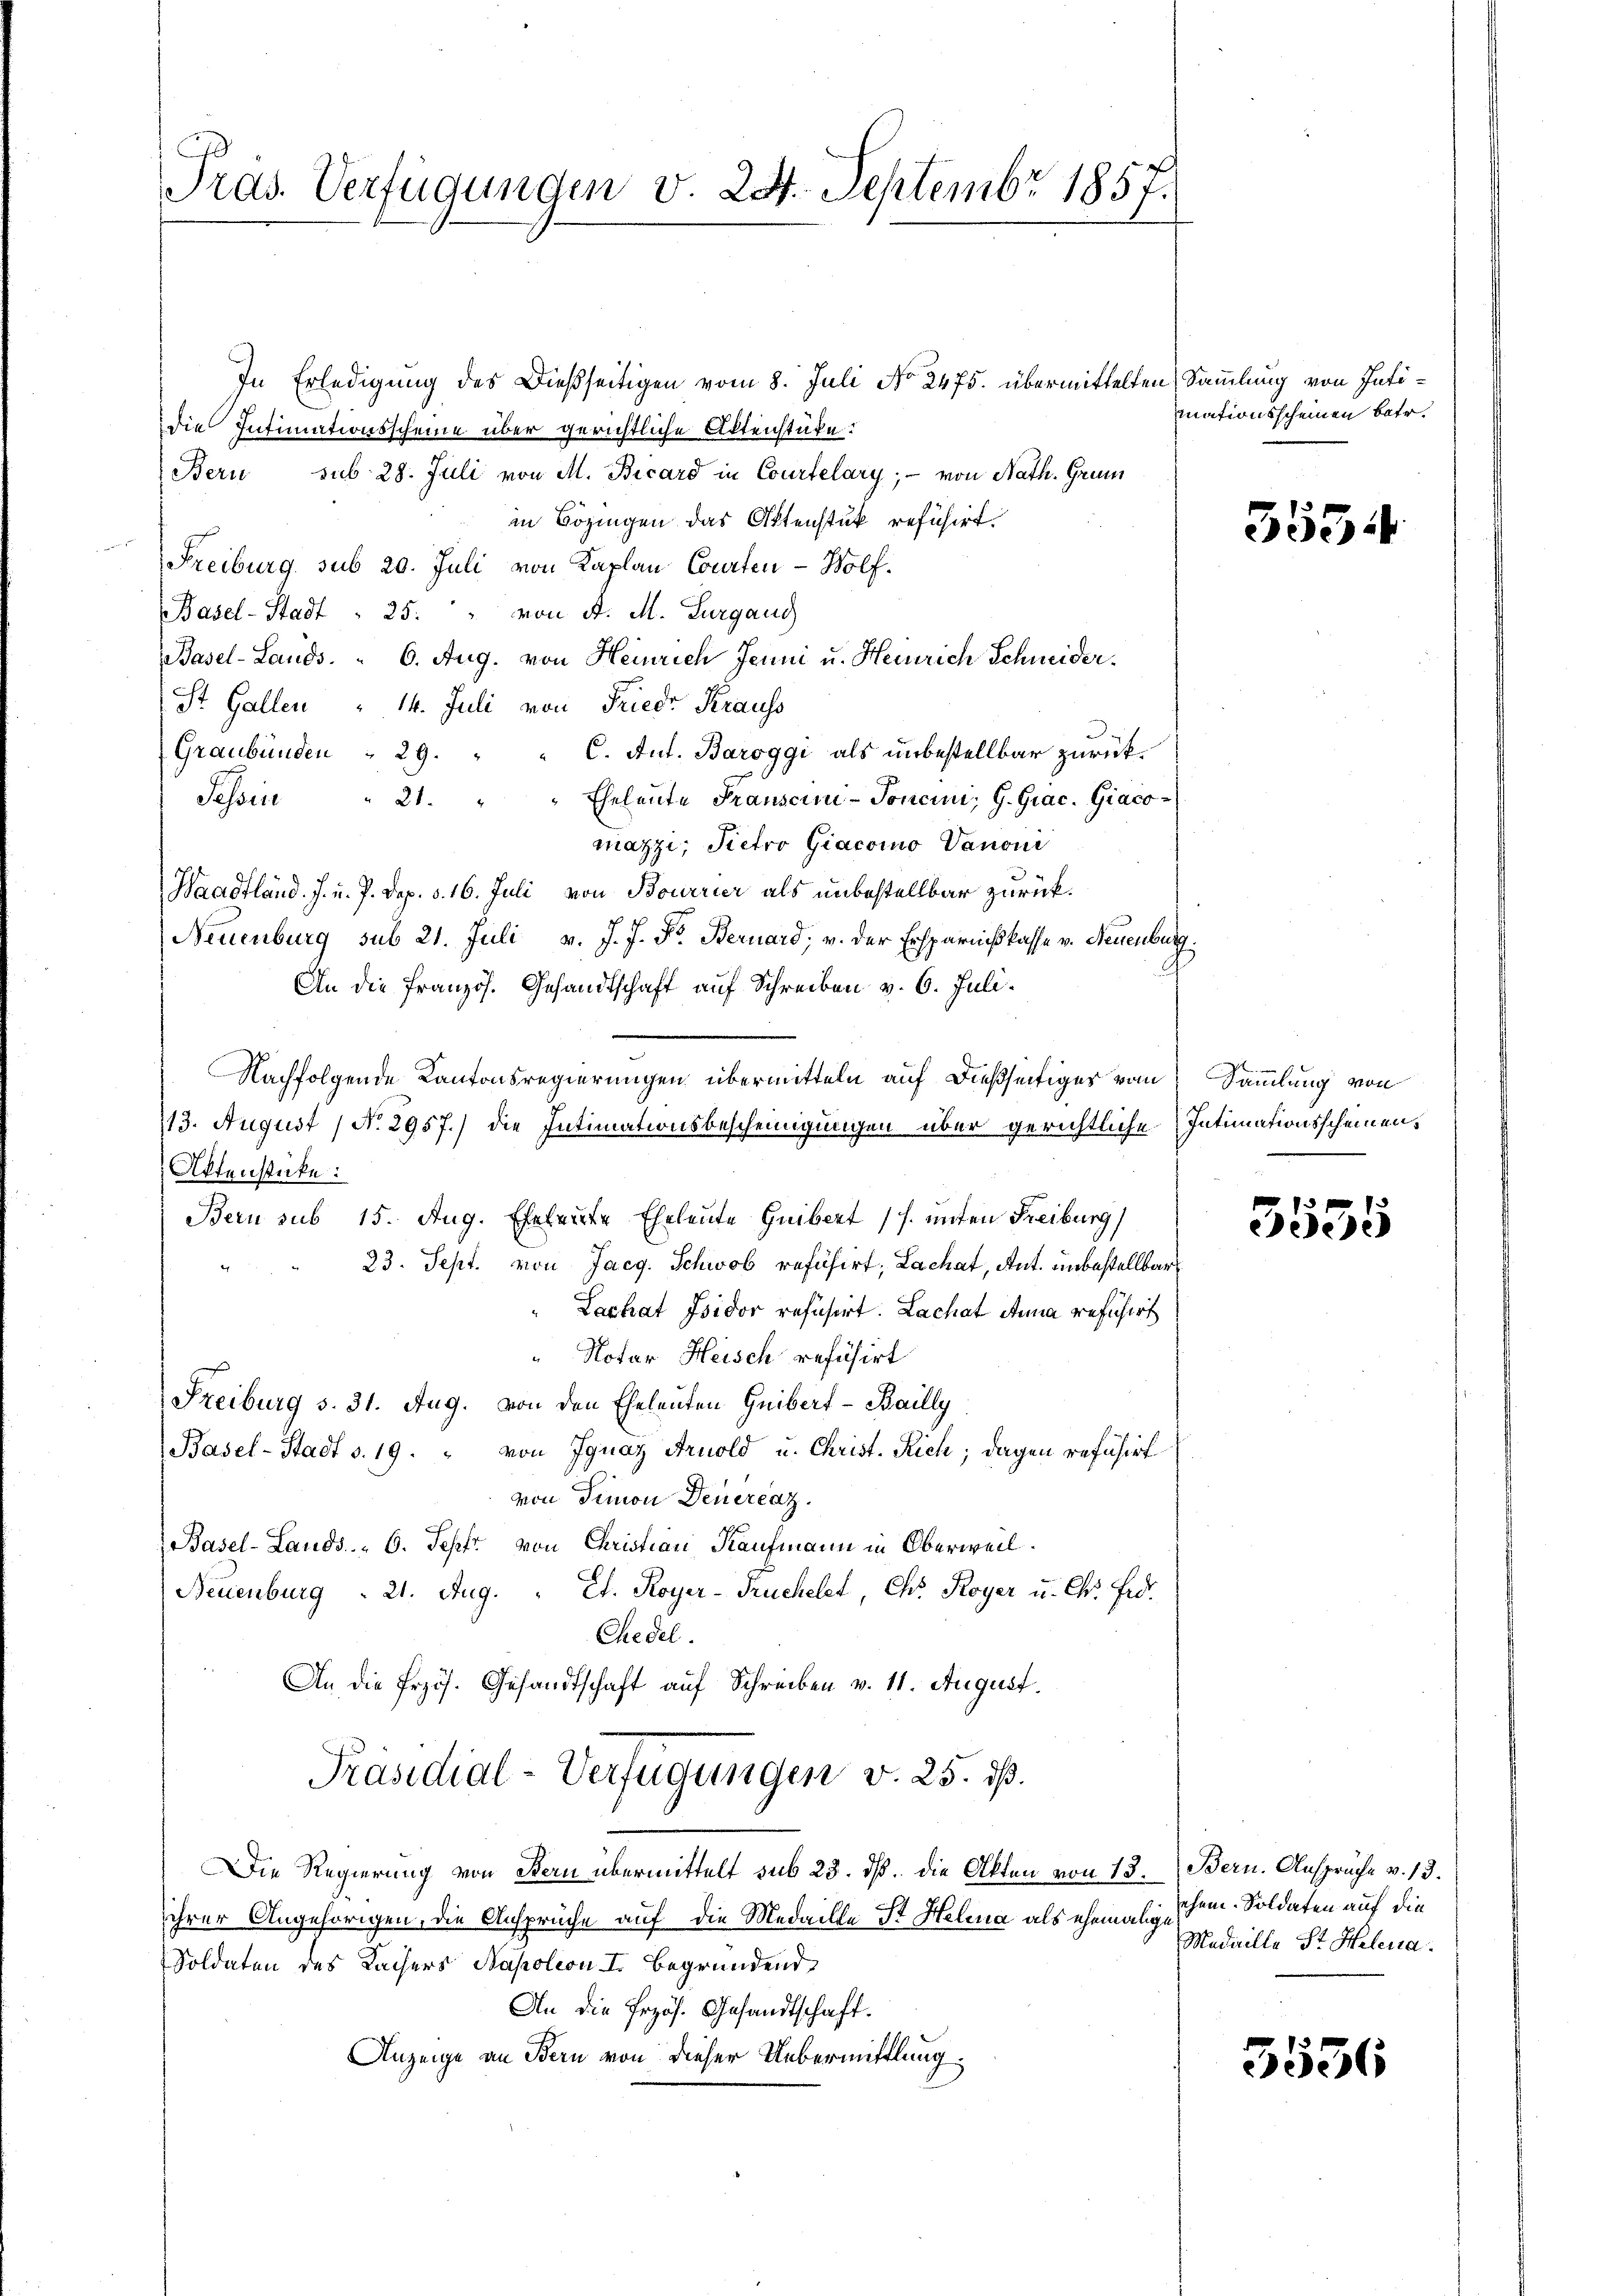
Präs. Verfügungen v. 24. Septembr 1857.

In Erledigung des Dießseitigen vom 8. Juli No 2475. übermittelten Sammlung von Intidie Intimationsscheine über gerichtliche Aktenstüke:
Bern sub 28. Juli von M. Bicard in Courtelary, – von Nath. Grun
in Bozingen das Aktenstük refusirt.
Freiburg sub 20. Juli von Kaplan Courten - Wolf.
Basel-Stadt . 25. " von A. M. Turgang
Basel-Lands. " 6. Aug. von Heinrich Jenni u. Heinrich Schneider.
St. Gallen " 14. Juli von Friedr Krauss
Graubünden " 29. " " C. Ant. Baroggi als unbestellbar zurück¬
Tessin " 21. " " Eheleute Franscin-Toncini, G. Grac. Giaco-
mazzi, Pietro Giacoino Vanoni
Waadtländ. J. u. P. Dep. v. 16. Juli von Bourrier als unbestellbar zurück¬
Neuenburg sub 21. Juli v. J. J. F. Bernard; v. der Ersparnißkasse v. Neuenburg.
An die französ. Gesandtschaft auf Schreiben v. 6. Juli.
Nachfolgende Kantonsregierungen übermitteln auf dießseitiges vom Sammlung von
13. August, No 2957.) Die Intimationsbescheinigungen über gerichtliche Intimationsscheinen,
Aktenstücke:
Bern sub 15. Aug. Eheleute Eheleute Guibert (s. unten Freiburg)
23. Sept. von Jacg. Schwob refusirt, Lachat, Ant. unbestellbar
Lachat Isidor refusirt. Lachat Anna refuchirt
Notar Heisch refüsirt
Freiburg s. 31. Aug. von den Eheleuten Guibert - Bailly
Basel-Stadt v. 19. " von Ignaz Arnold u. Christ. Rich; dagen refuhirt
von Simon Deuercaz.
Basel-Lands 6. Sept von Christian Kaufmann in Oberweil.
Neuenburg  21. Aug. " Ct. Royer-Truchelet, Chr. Royer u. Ch. Frd.
Chedel.
An die frzös. Gesandtschaft auf Schreiben v. 11. August.
Präsidial-Verfügungen v. 25. dß.
Die Regierung von Stern übermittelt sub 23. dß. Die Akten von 13. Bern. Ansprüche v. 13.
ihrer Angehörigen, die Ansprüche auf die Medaille St. Helena als ehemalige
Soldaten des Kachers Napoleon I. Begründend
An die Przös. Gesandtschaft.
Anzeige an Bern von dieser Uebermittlung.

mationsscheinen betr.

5554

3555

ehem. Soldaten auf die
Medaille Sr. Helena.

5536